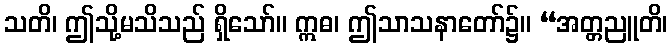
သတိ၊ ဤသို့မသိသည် ရှိသော်။ ဣဓ၊ ဤသာသနာတော်၌။ “အတ္တညူတိ၊